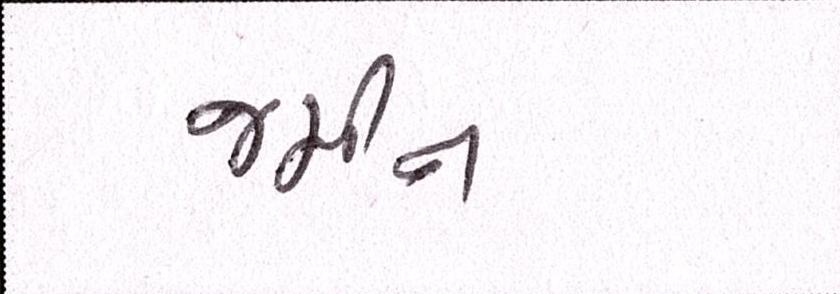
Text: જમીન